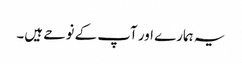
یہ ہمارے اور آپ کے نوحے ہیں۔